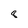
Character: 8